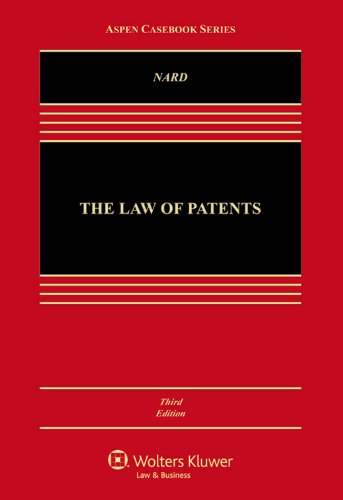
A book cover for The Law of Patents, Third Edition (Aspen Casebook); Craig Allen Nard; Law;